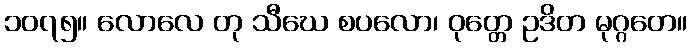
၁၀၇၅။ လောလေ တု သီဃေ စပလော၊ ဝုတ္တေ ဥဒိတ မုဂ္ဂတေ။